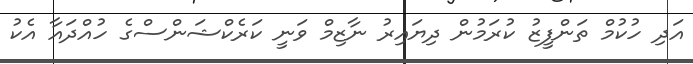
އަދި ހުކުމް ތަންފީޒު ކުރަމުން ދިޔައިރު ނާޒިމް ވަނީ ކަރެކްޝަންސްގެ ހުއްދައާ އެކު